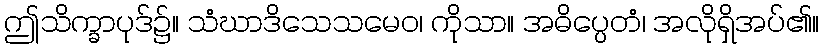
ဤသိက္ခာပုဒ်၌။ သံဃာဒိသေသမေဝ၊ ကိုသာ။ အဓိပ္ပေတံ၊ အလိုရှိအပ်၏။